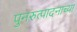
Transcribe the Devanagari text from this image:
पुनरुत्पादनाच्या